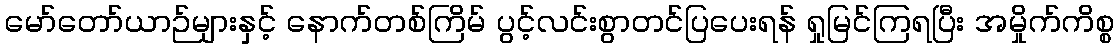
မော်တော်ယာဉ်များနှင့် နောက်တစ်ကြိမ် ပွင့်လင်းစွာတင်ပြပေးရန် ရှုမြင်ကြရပြီး အမှိုက်ကိစ္စ